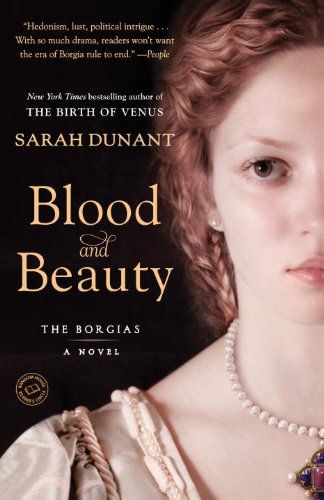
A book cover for Blood and Beauty: The Borgias; A Novel; Sarah Dunant; Literature & Fiction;